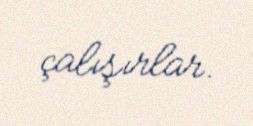
çalışırlar.